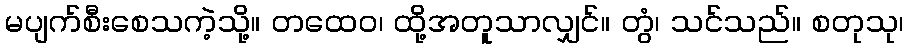
မပျက်စီးစေသကဲ့သို့။ တထေဝ၊ ထို့အတူသာလျှင်။ တွံ၊ သင်သည်။ စတုသု၊